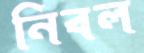
নিবল